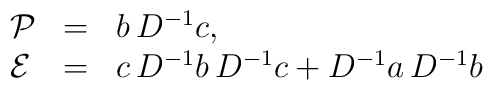
\begin{array}{lll}{\cal P} & = & b \, D^{-1} c, \\{\cal E} & = & c\, D^{-1} b \, D^{-1} c + D^{-1} a \, D^{-1} b\end{array}